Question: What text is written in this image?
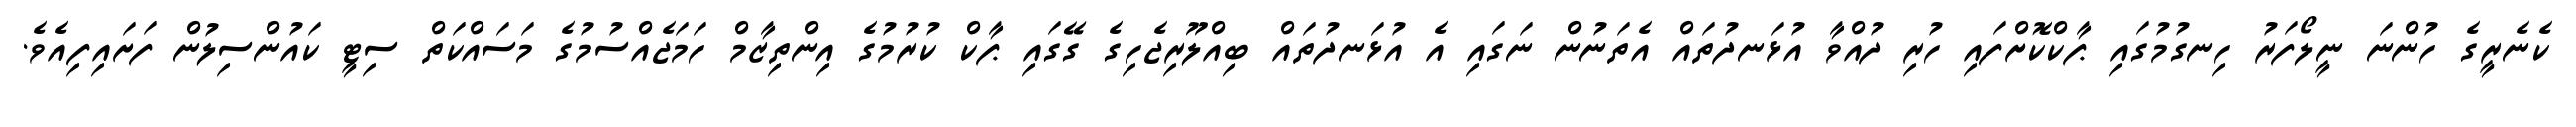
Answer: ކެނެރީގެ ހުންނަ ނީލޯފަރު ހިނގުމުގައި ޕާކްކޮށްފައި ހުރި ދުއްވާ އުޅަނދުތައް އެތަނުން ނަގައި އެ އުޅަނދުތައް ބިއްލޫރިޖެހިގެ ގޭގައި ޕާކް ކުރުމުގެ އިންތިޒާމް ހަމަޖެއްސުމުގެ މަސައްކަތް ސިޓީ ކައުންސިލުން ފަށައިފިއެވެ.